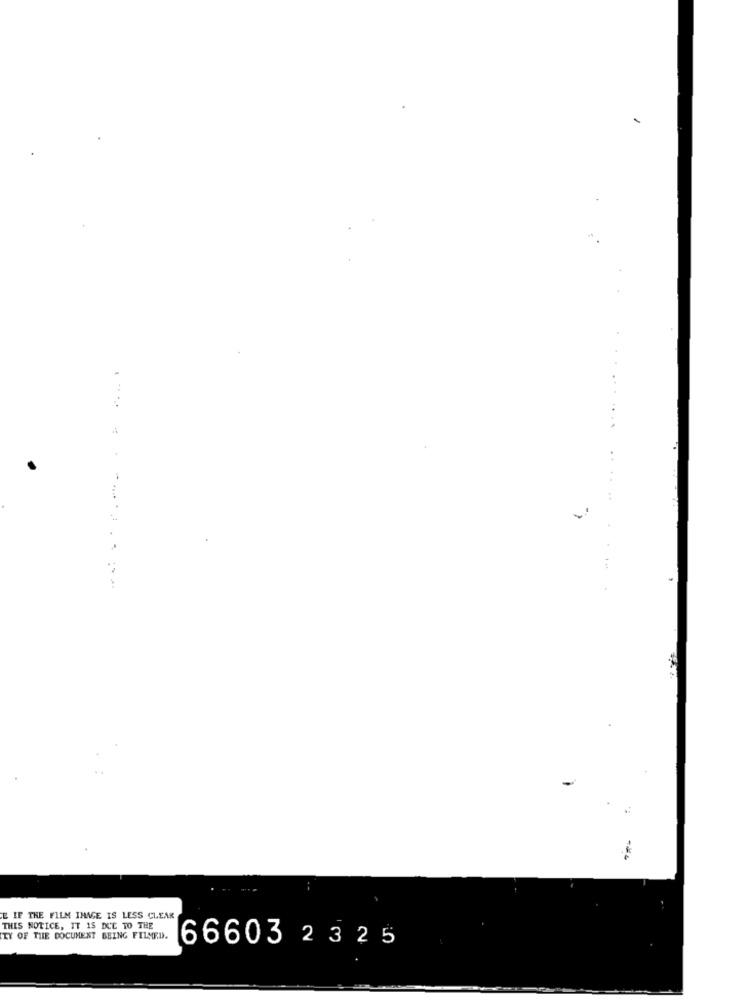
..
....
...... ...... ....
E IF THE FILM IMAGE IS LESS CLEAR
THIS NOTICE, IT IS DUE TO THE
TY OF THE DOCUMENT BEING FILMED.
66603 2325